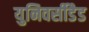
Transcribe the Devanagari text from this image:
युनिवर्सीडैड